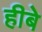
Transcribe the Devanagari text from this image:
हीबे